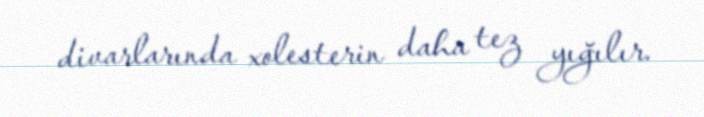
divarlarında xolesterin daha tez yığılır.